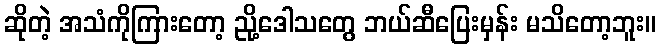
ဆိုတဲ့ အသံကိုကြားတော့ ညို့ဒေါသတွေ ဘယ်ဆီပြေးမှန်း မသိတော့ဘူး။